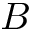
B